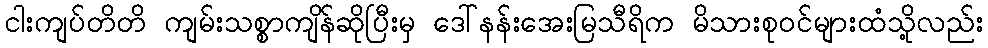
ငါးကျပ်တိတိ ကျမ်းသစ္စာကျိန်ဆိုပြီးမှ ဒေါ်နန်းအေးမြသီရိက မိသားစုဝင်များထံသို့လည်း